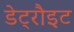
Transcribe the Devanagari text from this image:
डेट्रौइट